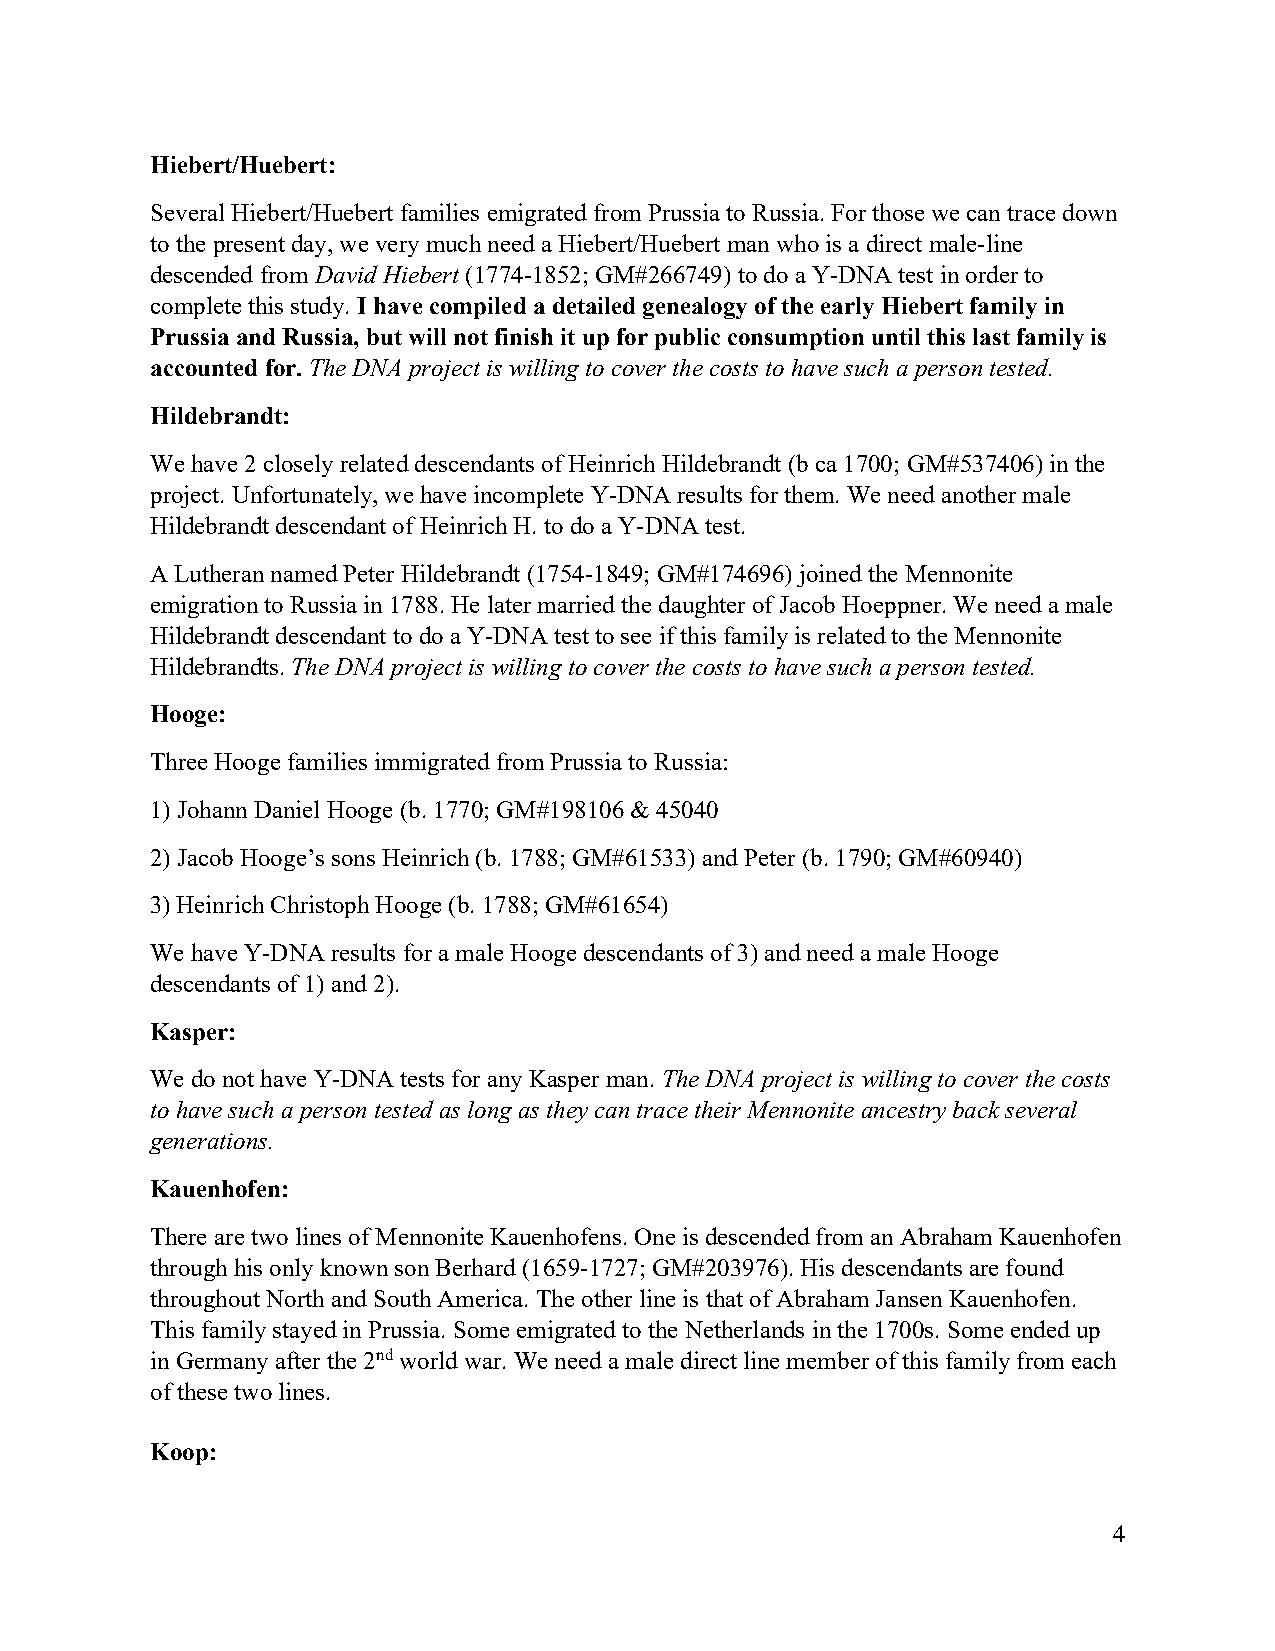
Hiebert/Huebert:
 Several Hiebert/Huebert families emigrated from Prussia to Russia. For those we can trace down
 to the present day, we very much need a Hiebert/Huebert man who is a direct male-line
 descended from David Hiebert (1774-1852; GM#266749) to do a Y-DNA test in order to
 complete this study. I have compiled a detailed genealogy of the early Hiebert family in
 Prussia and Russia, but will not finish it up for public consumption until this last family is
 accounted for. The DNA project is willing to cover the costs to have such a person tested.
 Hildebrandt:
 We have 2 closely related descendants of Heinrich Hildebrandt (b ca 1700; GM#537406) in the
 project. Unfortunately, we have incomplete Y-DNA results for them. We need another male
 Hildebrandt descendant of Heinrich H. to do a Y-DNA test.
 A Lutheran named Peter Hildebrandt (1754-1849; GM#174696) joined the Mennonite
 emigration to Russia in 1788. He later married the daughter of Jacob Hoeppner. We need a male
 Hildebrandt descendant to do a Y-DNA test to see if this family is related to the Mennonite
 Hildebrandts. The DNA project is willing to cover the costs to have such a person tested.
 Hooge:
 Three Hooge families immigrated from Prussia to Russia:
 1) Johann Daniel Hooge (b. 1770; GM#198106 & 45040
 2) Jacob Hooge’s sons Heinrich (b. 1788; GM#61533) and Peter (b. 1790; GM#60940)
 3) Heinrich Christoph Hooge (b. 1788; GM#61654)
 We have Y-DNA results for a male Hooge descendants of 3) and need a male Hooge
 descendants of 1) and 2).
 Kasper:
 We do not have Y-DNA tests for any Kasper man. The DNA project is willing to cover the costs
 to have such a person tested as long as they can trace their Mennonite ancestry back several
 generations.
 Kauenhofen:
 There are two lines of Mennonite Kauenhofens. One is descended from an Abraham Kauenhofen
 through his only known son Berhard (1659-1727; GM#203976). His descendants are found
 throughout North and South America. The other line is that of Abraham Jansen Kauenhofen.
 This family stayed in Prussia. Some emigrated to the Netherlands in the 1700s. Some ended up
 in Germany after the 2nd world war. We need a male direct line member of this family from each
 of these two lines.
 Koop:
 4